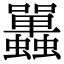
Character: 𧕦